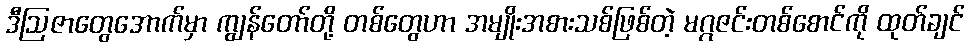
ဒီဩဇာတွေအောက်မှာ ကျွန်တော်တို့ တစ်တွေဟာ အမျိုးအစားသစ်ဖြစ်တဲ့ မဂ္ဂဇင်းတစ်စောင်ကို ထုတ်ချင်